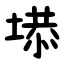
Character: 塨